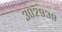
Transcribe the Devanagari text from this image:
३०२९३९